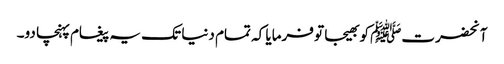
آنحضرتﷺ کو بھیجا تو فرمایا کہ تمام دنیا تک یہ پیغام پہنچا دو۔